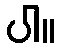
ပါ။